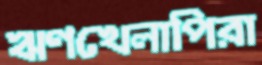
ঋণখেলাপিরা